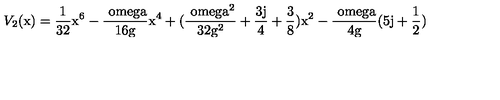
V _ { 2 } ( \mathrm { x ) = \frac { 1 } { 3 2 } \mathrm { x ^ { 6 } - \frac { \ o m e g a } { 1 6 \mathrm { g } } \mathrm { x ^ { 4 } + ( \frac { \ o m e g a ^ { 2 } } { 3 2 \mathrm { g ^ { 2 } } } + \frac { 3 j } { 4 } + \frac { 3 } { 8 } ) \mathrm { x ^ { 2 } - \frac { \ o m e g a } { 4 \mathrm { g } } ( 5 j + \frac { 1 } { 2 } ) } } } }